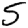
Digit: 5